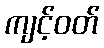
ကျင့်ဝတ်